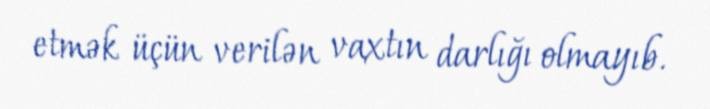
etmək üçün verilən vaxtın darlığı olmayıb.